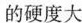
的硬度大